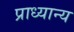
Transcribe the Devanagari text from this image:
प्राध्यान्य